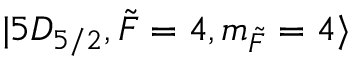
\lvert 5 D _ { 5 / 2 } , \Tilde { F } = 4 , m _ { \Tilde { F } } = 4 \rangle